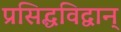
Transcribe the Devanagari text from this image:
प्रसिद्धविद्वान्